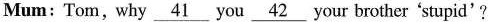
Mum: Tom, why \underline{41} you \underline{42} your brother 'stupid'?